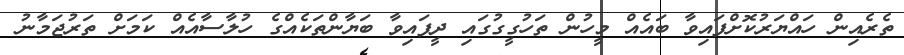
ތެރެއިން ހައްޔަރުކޮށްފައިވާ ބައެއް މީހުން ތަހުގީގުގައި ދީފައިވާ ބަޔާންތަކެއްގެ ހުލާސާއެއް ކަމަށް ތަރުޖަމާނު